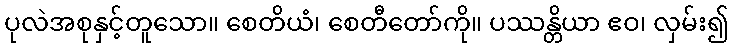
ပုလဲအစုနှင့်တူသော။ စေတိယံ၊ စေတီတော်ကို။ ပဿန္တိယာ ဧဝ၊ လှမ်း၍